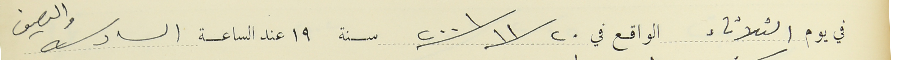
في يوم الثلاثاء الواقع في ٢٠ /١١/ ٢٠٠١ سنة  ١٩ عند الساعة السادسة والنصف